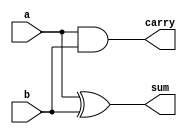
`timescale 1ns/10ps
module half_adder(input a,b, output sum,carry);
assign #2 sum = a^b;
assign #1 carry = a&b;
endmodule

module full_adder(input a,b,c, output sum, carry);
assign #3 sum = a^b^c;
assign #2 carry = (a&b)|(b&c)|(c&a);
endmodule

module carry_select_adder2(input a0,b0,a1,b1,cin,output sum0,sum1,carry_out);

full_adder f00(a0,b0,1'b0,f00sum,f00carry);
full_adder f01(a1,b1,f00carry,f01sum,f01carry);

full_adder f10(a0,b0,1'b1,f10sum,f10carry);
full_adder f11(a1,b1,f10carry,f11sum,f11carry);

assign sum0 = cin?f10sum:f00sum;
assign sum1 = cin?f11sum:f01sum;
assign carry_out = cin?f11carry:f01carry;

endmodule

module carry_select_adder3(input a0,b0,a1,b1,a2,b2,cin,output sum0,sum1,sum2,carry_out);

full_adder f00(a0,b0,1'b0,f00sum,f00carry);
full_adder f01(a1,b1,f00carry,f01sum,f01carry);
full_adder f02(a2,b2,f01carry,f02sum,f02carry);

full_adder f10(a0,b0,1'b1,f10sum,f10carry);
full_adder f11(a1,b1,f10carry,f11sum,f11carry);
full_adder f12(a2,b2,f11carry,f12sum,f12carry);

assign sum0 = cin?f10sum:f00sum;
assign sum1 = cin?f11sum:f01sum;
assign sum2 = cin?f12sum:f02sum;
assign carry_out = cin?f12carry:f02carry;

endmodule

module carry_select_adder4(input a0,b0,a1,b1,a2,b2,a3,b3,cin,output sum0,sum1,sum2,sum3,carry_out);

full_adder f00(a0,b0,1'b0,f00sum,f00carry);
full_adder f01(a1,b1,f00carry,f01sum,f01carry);
full_adder f02(a2,b2,f01carry,f02sum,f02carry);
full_adder f03(a3,b3,f02carry,f03sum,f03carry);

full_adder f10(a0,b0,1'b1,f10sum,f10carry);
full_adder f11(a1,b1,f10carry,f11sum,f11carry);
full_adder f12(a2,b2,f11carry,f12sum,f12carry);
full_adder f13(a3,b3,f12carry,f13sum,f13carry);

assign sum0 = cin?f10sum:f00sum;
assign sum1 = cin?f11sum:f01sum;
assign sum2 = cin?f12sum:f02sum;
assign sum3 = cin?f13sum:f03sum;
assign carry_out = cin?f13carry:f03carry;

endmodule

module carry_select_adder5(input a0,b0,a1,b1,a2,b2,a3,b3,a4,b4,cin,output sum0,sum1,sum2,sum3,sum4,carry_out);

full_adder f00(a0,b0,1'b0,f00sum,f00carry);
full_adder f01(a1,b1,f00carry,f01sum,f01carry);
full_adder f02(a2,b2,f01carry,f02sum,f02carry);
full_adder f03(a3,b3,f02carry,f03sum,f03carry);
full_adder f04(a4,b4,f03carry,f04sum,f04carry);

full_adder f10(a0,b0,1'b1,f10sum,f10carry);
full_adder f11(a1,b1,f10carry,f11sum,f11carry);
full_adder f12(a2,b2,f11carry,f12sum,f12carry);
full_adder f13(a3,b3,f12carry,f13sum,f13carry);
full_adder f14(a4,b4,f13carry,f14sum,f14carry);

assign sum0 = cin?f10sum:f00sum;
assign sum1 = cin?f11sum:f01sum;
assign sum2 = cin?f12sum:f02sum;
assign sum3 = cin?f13sum:f03sum;
assign sum4 = cin?f14sum:f04sum;
assign carry_out = cin?f14carry:f04carry;

endmodule